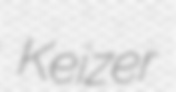
Keizer